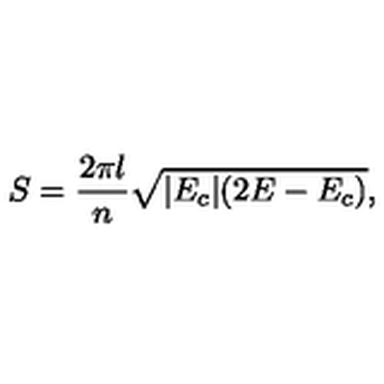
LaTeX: S = \frac { 2 \pi l } { n } \sqrt { | E _ { c } | ( 2 E - E _ { c } ) } ,